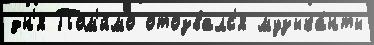
дн'я Пом'и́мо отозвалс'я музыка́нты